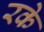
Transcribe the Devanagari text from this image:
रके